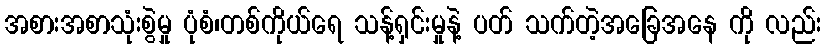
အစားအစာသုံးစွဲမှု ပုံစံ၊တစ်ကိုယ်ရေ သန့်ရှင်းမှုနဲ့ ပတ် သက်တဲ့အခြေအနေ ကို လည်း